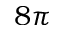
8 \pi